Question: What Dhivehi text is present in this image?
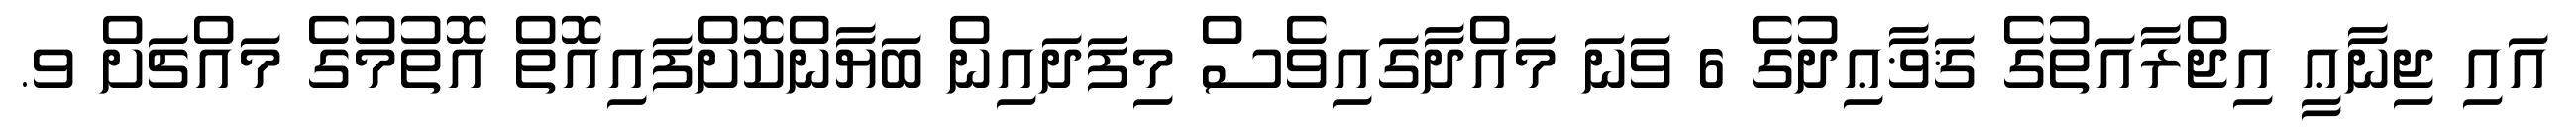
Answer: އައި ޖިނާޢީ އިޖްރާއަތުގެ ޤަޥާޢިދުގެ 6 ވަނަ މައްދާގައިވެސް މިފަދައިން ބަޔާންކޮށްފައިއޮތް އޮތުމުގެ މައްޗަށް ވ.